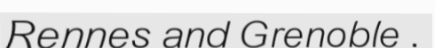
Rennes and Grenoble .